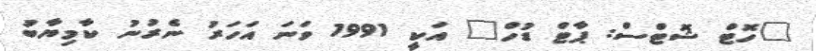
"ހޮޓް ޝޮޓްސް: ޕާޓް ޑުހް" އަކީ 1991 ވަނަ އަހަރު ނެރުނު ކާމިޔާބު